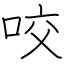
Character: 咬